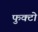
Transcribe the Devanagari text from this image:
फुक्टो